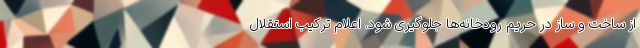
از ساخت و ساز در حریم رودخانه‌ها جلوگیری شود. اعلام ترکیب استقلال